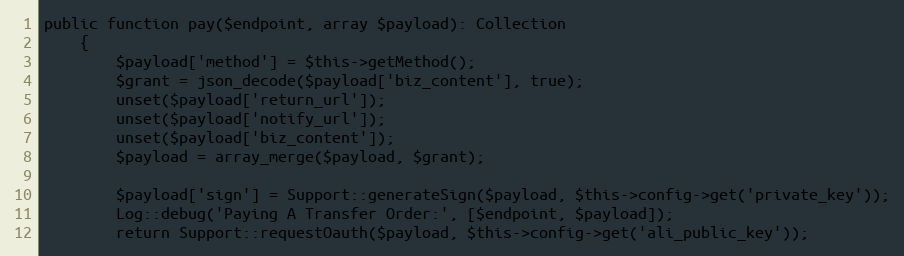
Language: PHP
public function pay($endpoint, array $payload): Collection
    {
        $payload['method'] = $this->getMethod();
        $grant = json_decode($payload['biz_content'], true);
		unset($payload['return_url']);
		unset($payload['notify_url']);
		unset($payload['biz_content']);
		$payload = array_merge($payload, $grant);

        $payload['sign'] = Support::generateSign($payload, $this->config->get('private_key'));
        Log::debug('Paying A Transfer Order:', [$endpoint, $payload]);
        return Support::requestOauth($payload, $this->config->get('ali_public_key'));